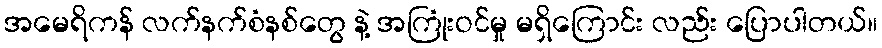
အမေရိကန် လက်နက်စံနစ်တွေ နဲ့ အကြုံးဝင်မှု မရှိကြောင်း လည်း ပြောပါတယ်။